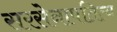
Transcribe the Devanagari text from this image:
सरसेनापतित्व